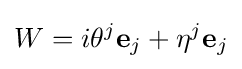
W=i\theta ^{j}\mathbf {e} _{j}+\eta ^{j}\mathbf {e} _{j}